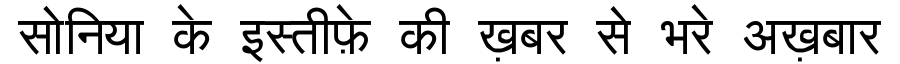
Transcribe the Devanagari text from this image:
सोनिया के इस्तीफ़े की ख़बर से भरे अख़बार